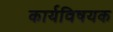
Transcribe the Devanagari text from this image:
कार्यविषयक